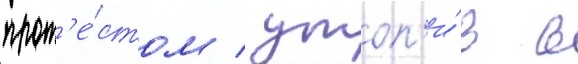
прот'е́стом / утоп'и́в в